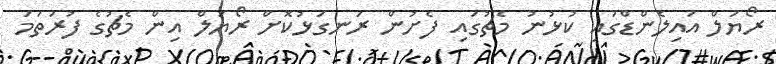
ރޯޔަލް އައިލެންޑްގައި ކުޅުނު މެޗުގައި ފެށުން ރަނގަޅުކޮށް ރޯޔަލް އިން މެޗުގެ ފުރަތަމަ